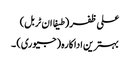
علی ظفر (طیفا ان ٹربل)
بہترین اداکارہ (جیوری) ۔